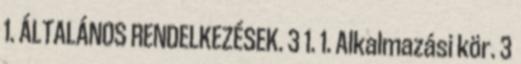
1. ÁLTALÁNOS RENDELKEZÉSEK. 3 1. 1. Alkalmazási kör. 3